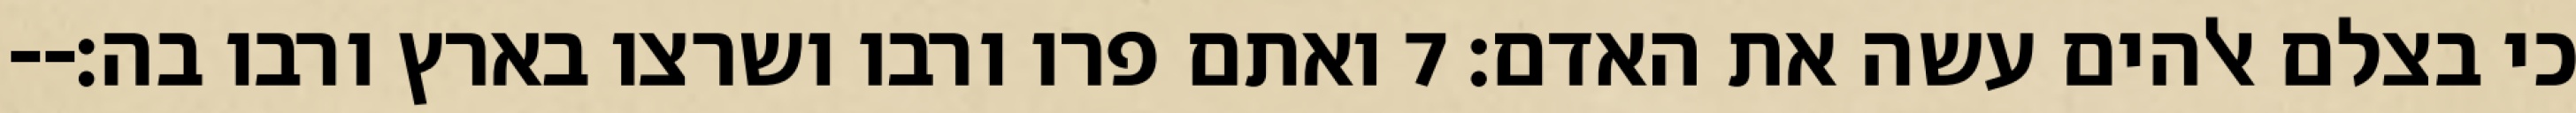
כי בצלם אלהים עשה את האדם׃ ‎7‏ ואתם פרו ורבו ושרצו בארץ ורבו בה׃--